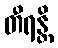
တီရန္တိ